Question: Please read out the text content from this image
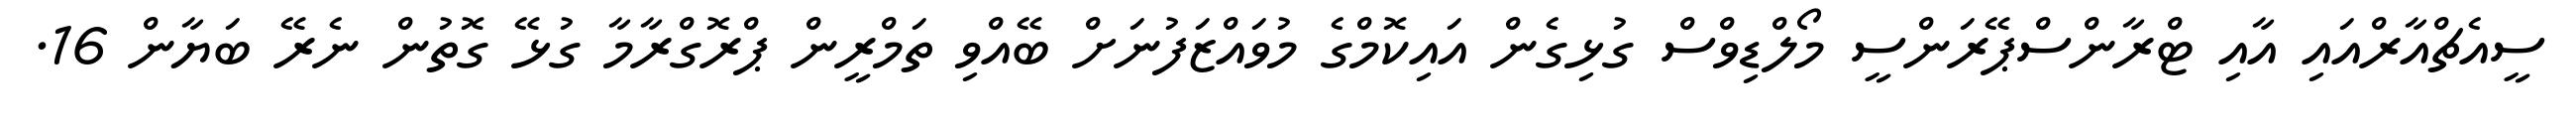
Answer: ސީއެޗްއާރްއައި އާއި ޓްރާންސްޕޭރަންސީ މޯލްޑިވްސް ގުޅިގެން އައިކޮމްގެ މުވައްޒަފުނަށް ބޭއްވި ތަމްރީން ޕްރޮގްރާމާ ގުޅޭ ގޮތުން ނެރޭ ބަޔާން 16.